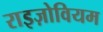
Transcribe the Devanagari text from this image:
राइज़ोवियम